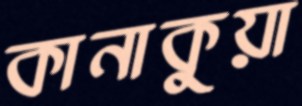
কানাকুয়া